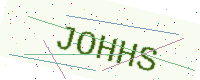
Text: JOHHS